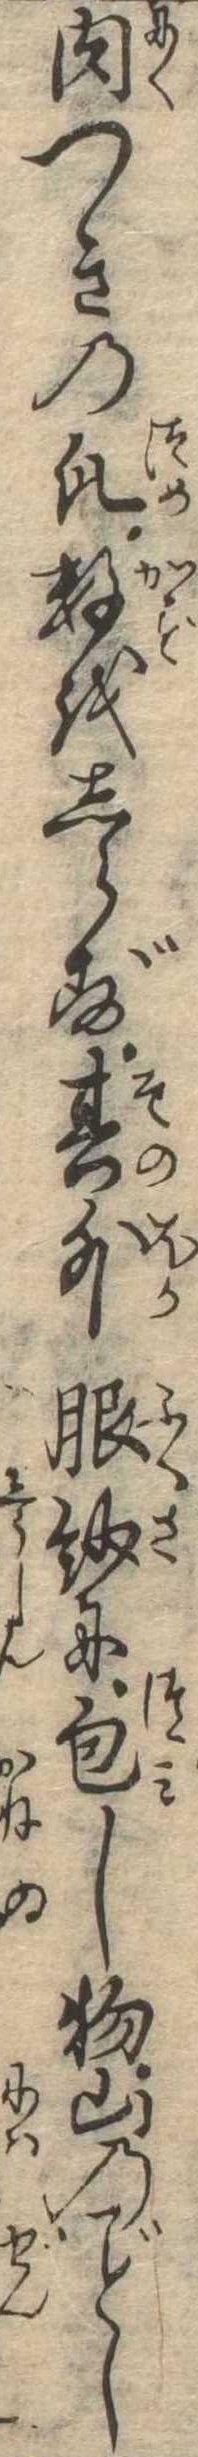
肉つきの爪数をしらず其外服紗に包し物山のし